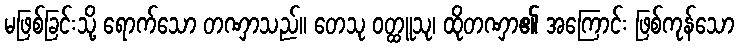
မဖြစ်ခြင်းသို့ ရောက်သော တဏှာသည်။ တေသု ဝတ္ထူသု၊ ထိုတဏှာ၏ အကြောင်း ဖြစ်ကုန်သော